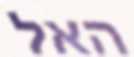
האל